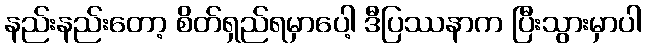
နည်းနည်းတော့ စိတ်ရှည်ရမှာပေါ့ ဒီပြဿနာက ပြီးသွားမှာပါ